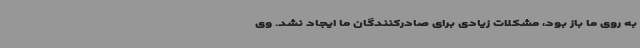
به روی ما باز بود، مشکلات زیادی برای صادرکنندگان ما ایجاد نشد. وی